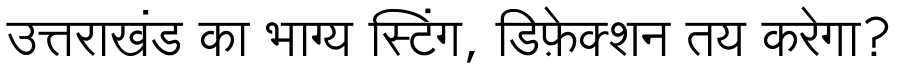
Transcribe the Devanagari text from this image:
उत्तराखंड का भाग्य स्टिंग, डिफ़ेक्शन तय करेगा?